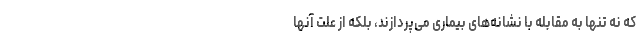
که نه تنها به مقابله با نشانه‌های بیماری می‌پردازند، بلکه از علت آنها